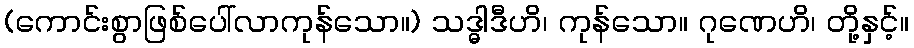
(ကောင်းစွာဖြစ်ပေါ်လာကုန်သော။) သဒ္ဓါဒီဟိ၊ ကုန်သော။ ဂုဏေဟိ၊ တို့နှင့်။